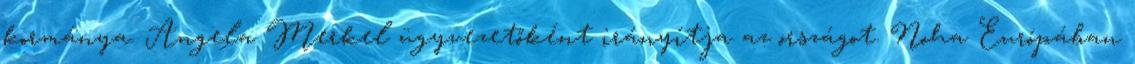
kormánya. Angela Merkel ügyvezetőként irányítja az országot. Noha Európában